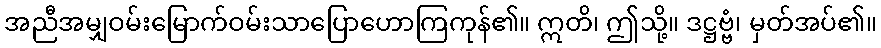
အညီအမျှဝမ်းမြောက်ဝမ်းသာပြောဟောကြကုန်၏။ ဣတိ၊ ဤသို့။ ဒဋ္ဌဗ္ဗံ၊ မှတ်အပ်၏။